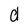
Character: d